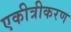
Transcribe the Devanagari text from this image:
एकीत्रीकरण